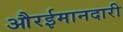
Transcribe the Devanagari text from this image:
औरईमानदारी